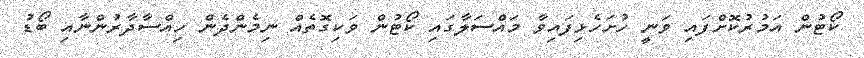
ކޯޓުން އަމުރުކޮށްފައި ވަނީ ހުށަހެޅިފައިވާ މައްސަލާގައި ކޯޓުން ވަކިގޮތެއް ނިމެންދެން ހިއްސާދާރުންނާއި ބޯޑު